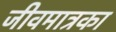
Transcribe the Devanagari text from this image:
जीवमात्रका